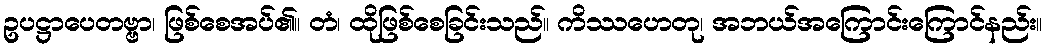
ဥပဋ္ဌာပေတဗ္ဗာ၊ ဖြစ်စေအပ်၏။ တံ၊ ထိုဖြစ်စေခြင်းသည်။ ကိဿဟေတု၊ အဘယ်အကြောင်းကြောင်နည်း။